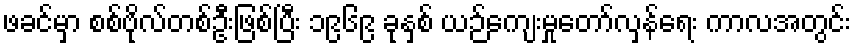
ဖခင်မှာ စစ်ဗိုလ်တစ်ဦးဖြစ်ပြီး ၁၉၆၉ ခုနှစ် ယဉ်ကျေးမှုတော်လှန်ရေး ကာလအတွင်း